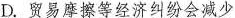
D.贸易摩擦等经济纠纷会减少